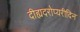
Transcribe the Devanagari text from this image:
दीह्यदरोप्यरीदिन